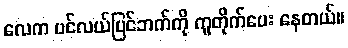
လေက ပင်လယ်ပြင်ဘက်ကို ကူတိုက်ပေး နေတယ်။